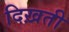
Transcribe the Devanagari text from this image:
दिख़ती